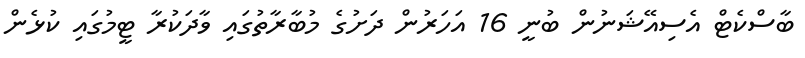
ބާސްކެޓް އެސިއޭޝަނުން ބުނީ 16 އަހަރުން ދަށުގެ މުބާރާތުގައި ވާދަކުރާ ޓީމުގައި ކުޅެން